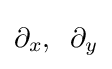
\partial _{x},\;\;\partial _{y}